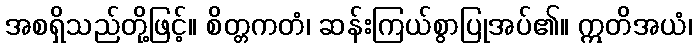
အစရှိသည်တို့ဖြင့်။ စိတ္တကတံ၊ ဆန်းကြယ်စွာပြုအပ်၏။ ဣတိအယံ၊